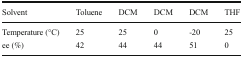
<table><thead><tr><td><b>Solvent</b></td><td><b>Toluene</b></td><td><b>DCM</b></td><td><b>DCM</b></td><td><b>DCM</b></td><td><b>THF</b></td></tr></thead><tbody><tr><td>Temperature (°C)</td><td>25</td><td>25</td><td>0</td><td>-20</td><td>25</td></tr><tr><td>ee (%)</td><td>42</td><td>44</td><td>44</td><td>51</td><td>0</td></tr></tbody></table>